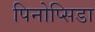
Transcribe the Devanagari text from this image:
पिनोप्सिडा